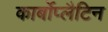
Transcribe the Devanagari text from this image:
कार्बोप्लैटिन